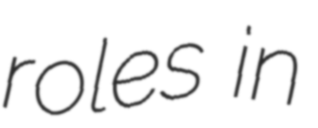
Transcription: roles in